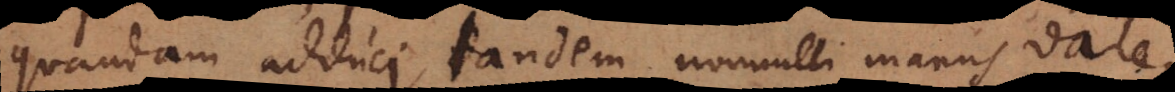
quandam adduci, tandem nonnulli manus dare